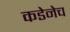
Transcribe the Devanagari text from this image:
कडेनेच